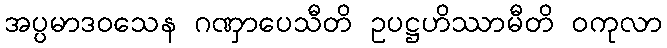
အပ္ပမာဒဝသေန ဂဏှာပေသီတိ ဥပဋ္ဌဟိဿာမီတိ ဝကုလာ